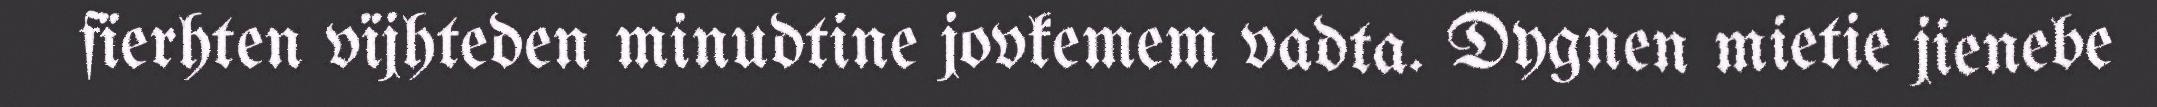
fïerhten vïjhteden minudtine jovkemem vadta. Dygnen mietie jienebe